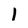
Character: 1